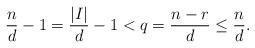
LaTeX: \begin{align*}\frac{n}{d} - 1 = \frac{|I|}{d} -1 < q = \frac{n-r}{d} \leq \frac{n}{d}.\end{align*}